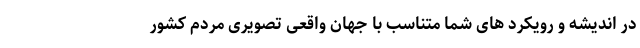
در اندیشه و رویکرد های شما متناسب با جهان واقعی تصویری مردم کشور